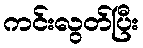
ကင်းလွတ်ပြီး